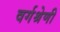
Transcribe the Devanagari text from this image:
वर्गश्रेणी